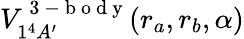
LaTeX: V_{1^{4}A^{\prime}}^{\mathrm{~3~-~b~o~d~y~}}(r_{a},r_{b},\alpha)